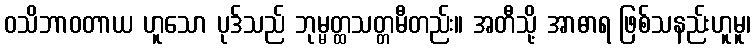
ဝသိဘာဝတာယ ဟူသော ပုဒ်သည် ဘုမ္မတ္ထသတ္တမီတည်း။ အတီသို့ အာဓာရ ဖြစ်သနည်းဟူမူ၊